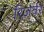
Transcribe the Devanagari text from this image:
रिज़र्वर